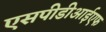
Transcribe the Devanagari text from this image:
एसपीडीआईएफ